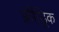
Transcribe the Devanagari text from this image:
फ़्रीड्रिक